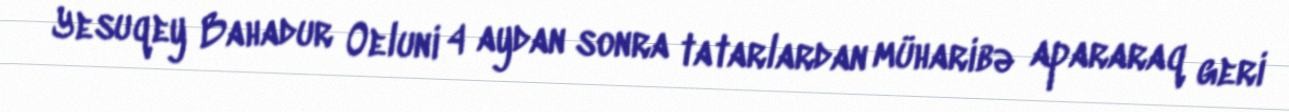
Yesuqey Bahadur Oeluni 4 aydan sonra tatarlardan müharibə apararaq geri